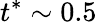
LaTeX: t^{*}\sim 0.5